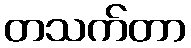
တသက်တာ